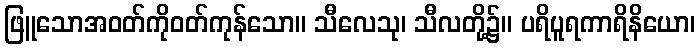
ဖြူသောအဝတ်ကိုဝတ်ကုန်သော။ သီလေသု၊ သီလတို့၌။ ပရိပူရကာရိနိယော၊